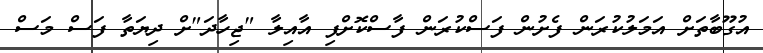
އުގޫބާތަށް އަމަލުކުރަން ފެށުން ފަސްކުރަން ފާސްކޮށްފި އާއިލާ "ޖިހާދަ"ށް ދިޔަތާ ފަސް މަސް